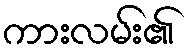
ကားလမ်း၏